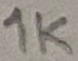
Text: 2N4870